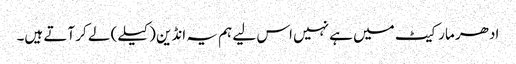
ادھر مارکیٹ میں ہے نہیں اس لیے ہم یہ انڈین (کیلے) لے کر آتے ہیں۔